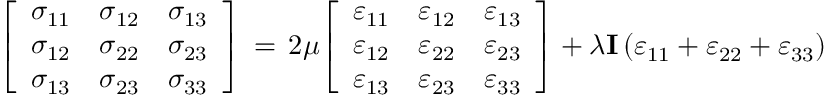
{ \left[ \begin{array} { l l l } { \sigma _ { 1 1 } } & { \sigma _ { 1 2 } } & { \sigma _ { 1 3 } } \\ { \sigma _ { 1 2 } } & { \sigma _ { 2 2 } } & { \sigma _ { 2 3 } } \\ { \sigma _ { 1 3 } } & { \sigma _ { 2 3 } } & { \sigma _ { 3 3 } } \end{array} \right] } \, = \, 2 \mu { \left[ \begin{array} { l l l } { \varepsilon _ { 1 1 } } & { \varepsilon _ { 1 2 } } & { \varepsilon _ { 1 3 } } \\ { \varepsilon _ { 1 2 } } & { \varepsilon _ { 2 2 } } & { \varepsilon _ { 2 3 } } \\ { \varepsilon _ { 1 3 } } & { \varepsilon _ { 2 3 } } & { \varepsilon _ { 3 3 } } \end{array} \right] } + \lambda \mathbf { I } \left( \varepsilon _ { 1 1 } + \varepsilon _ { 2 2 } + \varepsilon _ { 3 3 } \right)